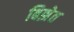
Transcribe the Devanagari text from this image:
बिझेत